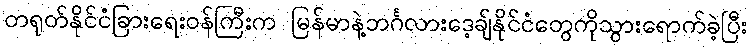
တရုတ်နိုင်ငံခြားရေးဝန်ကြီးက မြန်မာနဲ့ဘင်္ဂလားဒေ့ချ်နိုင်ငံတွေကိုသွားရောက်ခဲ့ပြီး